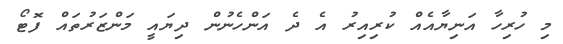
މި ހުރިހާ އަނިޔާއެއް ކުރިއިރު އެ ދެ އަންހެނުން ދިޔައީ މަންޒަރުތައް ފޮޓޯ